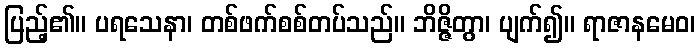
ပြည့်၏။ ပရသေနာ၊ တစ်ဖက်စစ်တပ်သည်။ ဘိဇ္ဇိတွာ၊ ပျက်၍။ ရာဇာနမေဝ၊